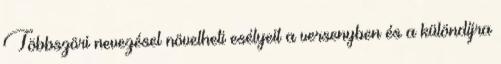
Többszöri nevezésel növelheti esélyeit a versenyben és a különdíjra